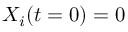
X _ { i } ( t = 0 ) = 0